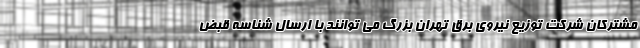
مشترکان شرکت توزیع نیروی برق تهران بزرگ می توانند با ارسال شناسه قبض